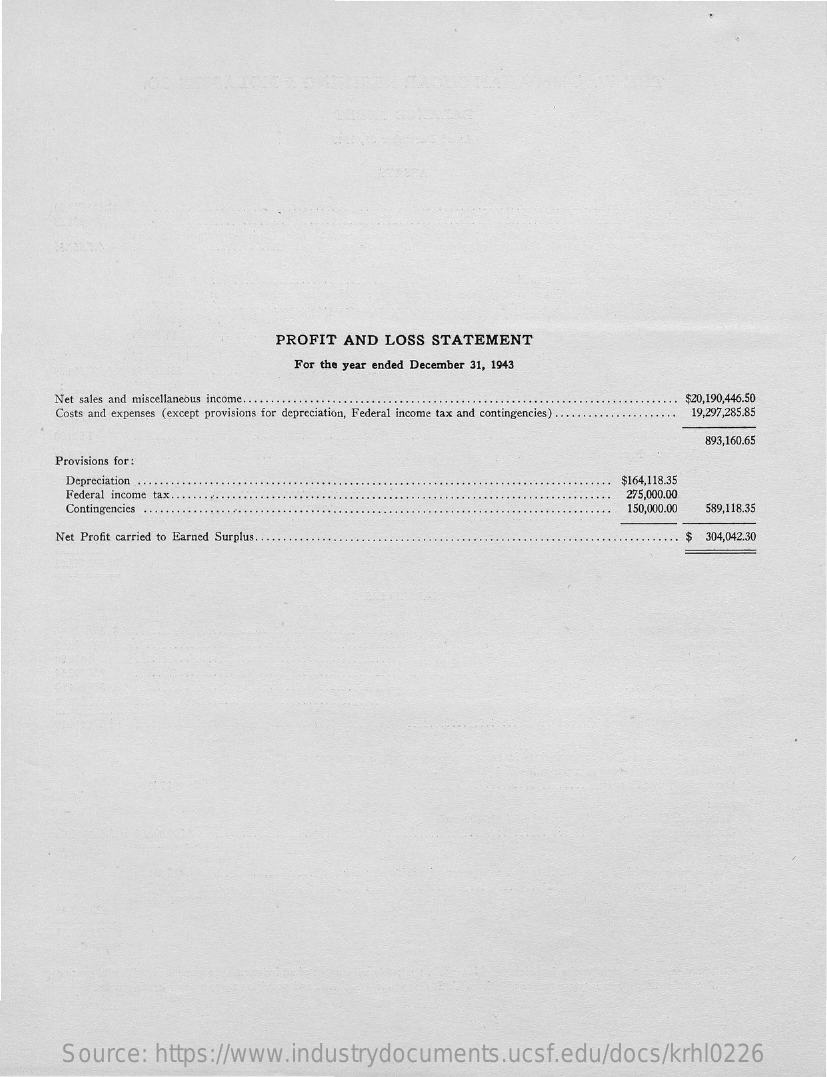
PROFIT   AND  LOSS   STATEMENT
     For the year ended December 31, 1943
     Net sales and miscellaneous income .....    $20,190,446.50
     Costs and expenses (except provisions for depreciation, Federal income tax and contingencies) . 19,297,285.85
     893,160.65
     Provisions for :
     Depreciation    $164,118.35
     Federal income tax ..    275,000.00
     Contingencies    150,000.00 589,118.35
     Net Profit carried to Earned Surplus ..    $  304,042.30
     Source:    https://www.industrydocuments.ucsf.edu/docs/krhl0226